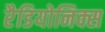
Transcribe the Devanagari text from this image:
रैडियोनिक्स